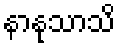
နာနုသာသိ